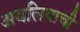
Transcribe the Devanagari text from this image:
अवलियाची